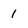
Character: 1